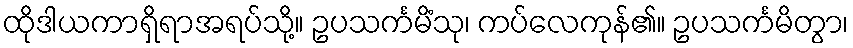
ထိုဒါယကာရှိရာအရပ်သို့။ ဥပသင်္ကမိံသု၊ ကပ်လေကုန်၏။ ဥပသင်္ကမိတွာ၊